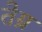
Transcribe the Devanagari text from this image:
तेग्र